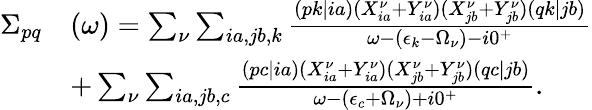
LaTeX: \begin{array}{rl}{\Sigma_{pq}}&{(\omega)=\sum_{\nu}\sum_{ia,jb,k}\frac{(pk|ia)(X_{ia}^{\nu}+Y_{ia}^{\nu})(X_{jb}^{\nu}+Y_{jb}^{\nu})(qk|jb)}{\omega-(\epsilon_{k}-\Omega_{\nu})-i0^{+}}}\\ &{+\sum_{\nu}\sum_{ia,jb,c}\frac{(pc|ia)(X_{ia}^{\nu}+Y_{ia}^{\nu})(X_{jb}^{\nu}+Y_{jb}^{\nu})(qc|jb)}{\omega-(\epsilon_{c}+\Omega_{\nu})+i0^{+}}.}\end{array}